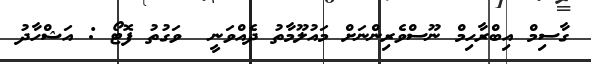
ގާސިމް އިބްރާހިމް ނޫސްވެރިންނަށް މައުލޫމާތު ދެއްވަނީ  ވަގުތު ފޮޓޯ : އަޝްހާދު